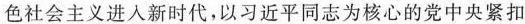
色社会主义进入新时代，以习近平同志为核心的党中央紧扣